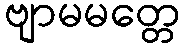
ဗျာမမတ္တေ